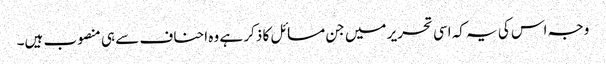
وجہ اس کی یہ کہ اسی تحریر میں جن مسائل کا ذکر ہے وہ احناف سے ہی منصوب ہیں۔